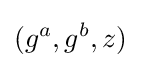
(g^{a},g^{b},z)